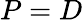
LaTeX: P=D